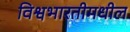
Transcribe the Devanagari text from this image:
विश्वभारतीमधील